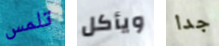
تلمس ويأكل جدا